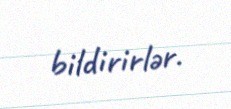
bildirirlər.